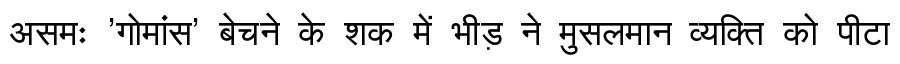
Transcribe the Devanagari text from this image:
असमः 'गोमांस' बेचने के शक में भीड़ ने मुसलमान व्यक्ति को पीटा